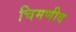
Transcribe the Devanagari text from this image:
चिमणीव